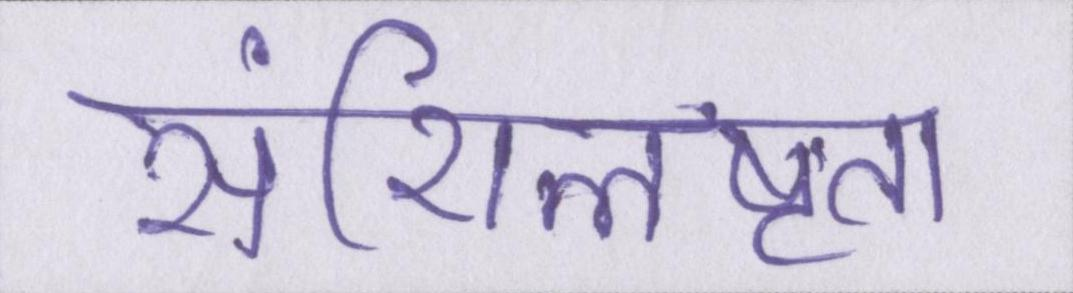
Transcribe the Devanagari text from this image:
संशिलष्टता